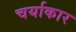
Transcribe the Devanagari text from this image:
चर्याकार